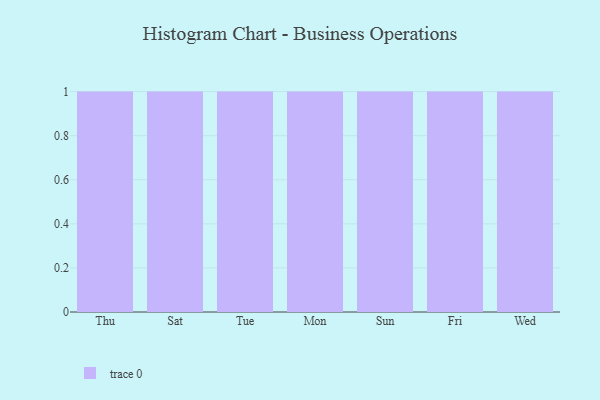
{"axis": {"x": "Day", "y": "Latency (ms)"}, "legend": [""], "data": [{"x": "Thu", "y": 73, "type": ""}, {"x": "Sat", "y": 65, "type": ""}, {"x": "Tue", "y": 71, "type": ""}, {"x": "Mon", "y": 86, "type": ""}, {"x": "Sun", "y": 74, "type": ""}, {"x": "Fri", "y": 85, "type": ""}, {"x": "Wed", "y": 77, "type": ""}]}